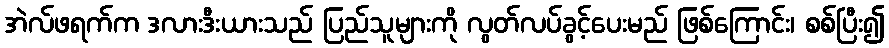
အဲလ်ဖရက်က ဒလားဒီးယားသည် ပြည်သူများကို လွတ်လပ်ခွင့်ပေးမည် ဖြစ်ကြောင်း၊ စစ်ပြီး၍